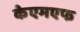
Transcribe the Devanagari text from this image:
केएमएफ